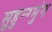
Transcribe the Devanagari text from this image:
सुहुन्ग्मुंग